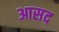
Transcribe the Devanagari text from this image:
आसद